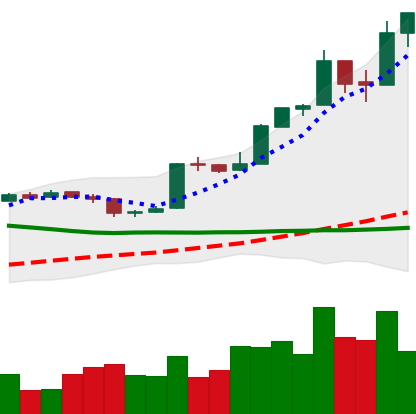
Ticker: BTC-USD
Chart end date: 2016-11-02
Forward return: -5.089%
Label: down_5_7